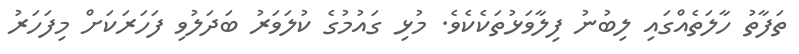
ތަފާތު ހާލަތެއްގައި ލިބުނު ފިލާވަޅުތަކެކެވެ. މުޅި ގައުމުގެ ކުލަވަރު ބަދަލުވި ފަހަރަކަށް މިފަހަރު